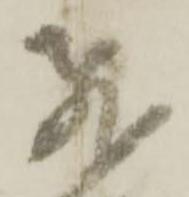
飛